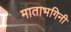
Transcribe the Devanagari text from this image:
माताभगिनी